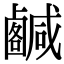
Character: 𢨟